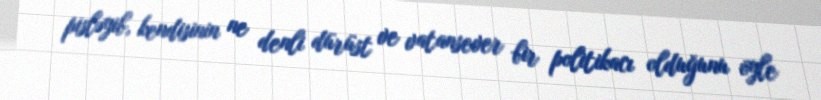
pisləyib, kendisinin ne denli dürüst ve vatansever bir politikacı olduğunu öyle